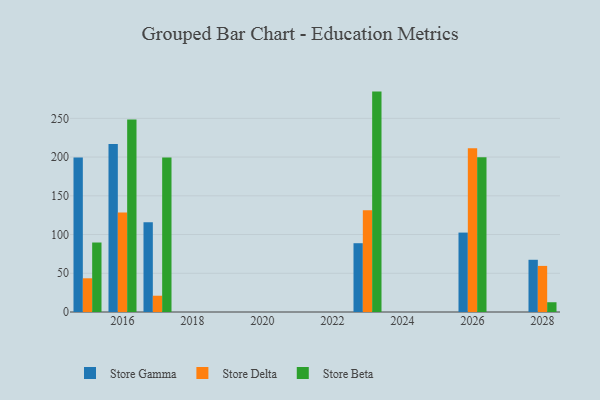
{"axis": {"x": "Year", "y": "Budget (USD K)"}, "legend": ["Store Beta", "Store Delta", "Store Gamma"], "data": [{"x": "2017", "y": 115.7, "type": "Store Gamma"}, {"x": "2017", "y": 21.0, "type": "Store Delta"}, {"x": "2017", "y": 199.4, "type": "Store Beta"}, {"x": "2026", "y": 102.5, "type": "Store Gamma"}, {"x": "2026", "y": 211.3, "type": "Store Delta"}, {"x": "2026", "y": 199.7, "type": "Store Beta"}, {"x": "2015", "y": 199.5, "type": "Store Gamma"}, {"x": "2015", "y": 43.5, "type": "Store Delta"}, {"x": "2015", "y": 89.7, "type": "Store Beta"}, {"x": "2023", "y": 88.8, "type": "Store Gamma"}, {"x": "2023", "y": 131.4, "type": "Store Delta"}, {"x": "2023", "y": 284.5, "type": "Store Beta"}, {"x": "2016", "y": 216.8, "type": "Store Gamma"}, {"x": "2016", "y": 128.3, "type": "Store Delta"}, {"x": "2016", "y": 248.5, "type": "Store Beta"}, {"x": "2028", "y": 67.4, "type": "Store Gamma"}, {"x": "2028", "y": 59.5, "type": "Store Delta"}, {"x": "2028", "y": 12.6, "type": "Store Beta"}]}